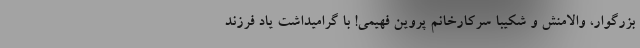
بزرگوار، والامنش و شکیبا سرکارخانم پروین فهیمی! با گرامیداشت یاد فرزند